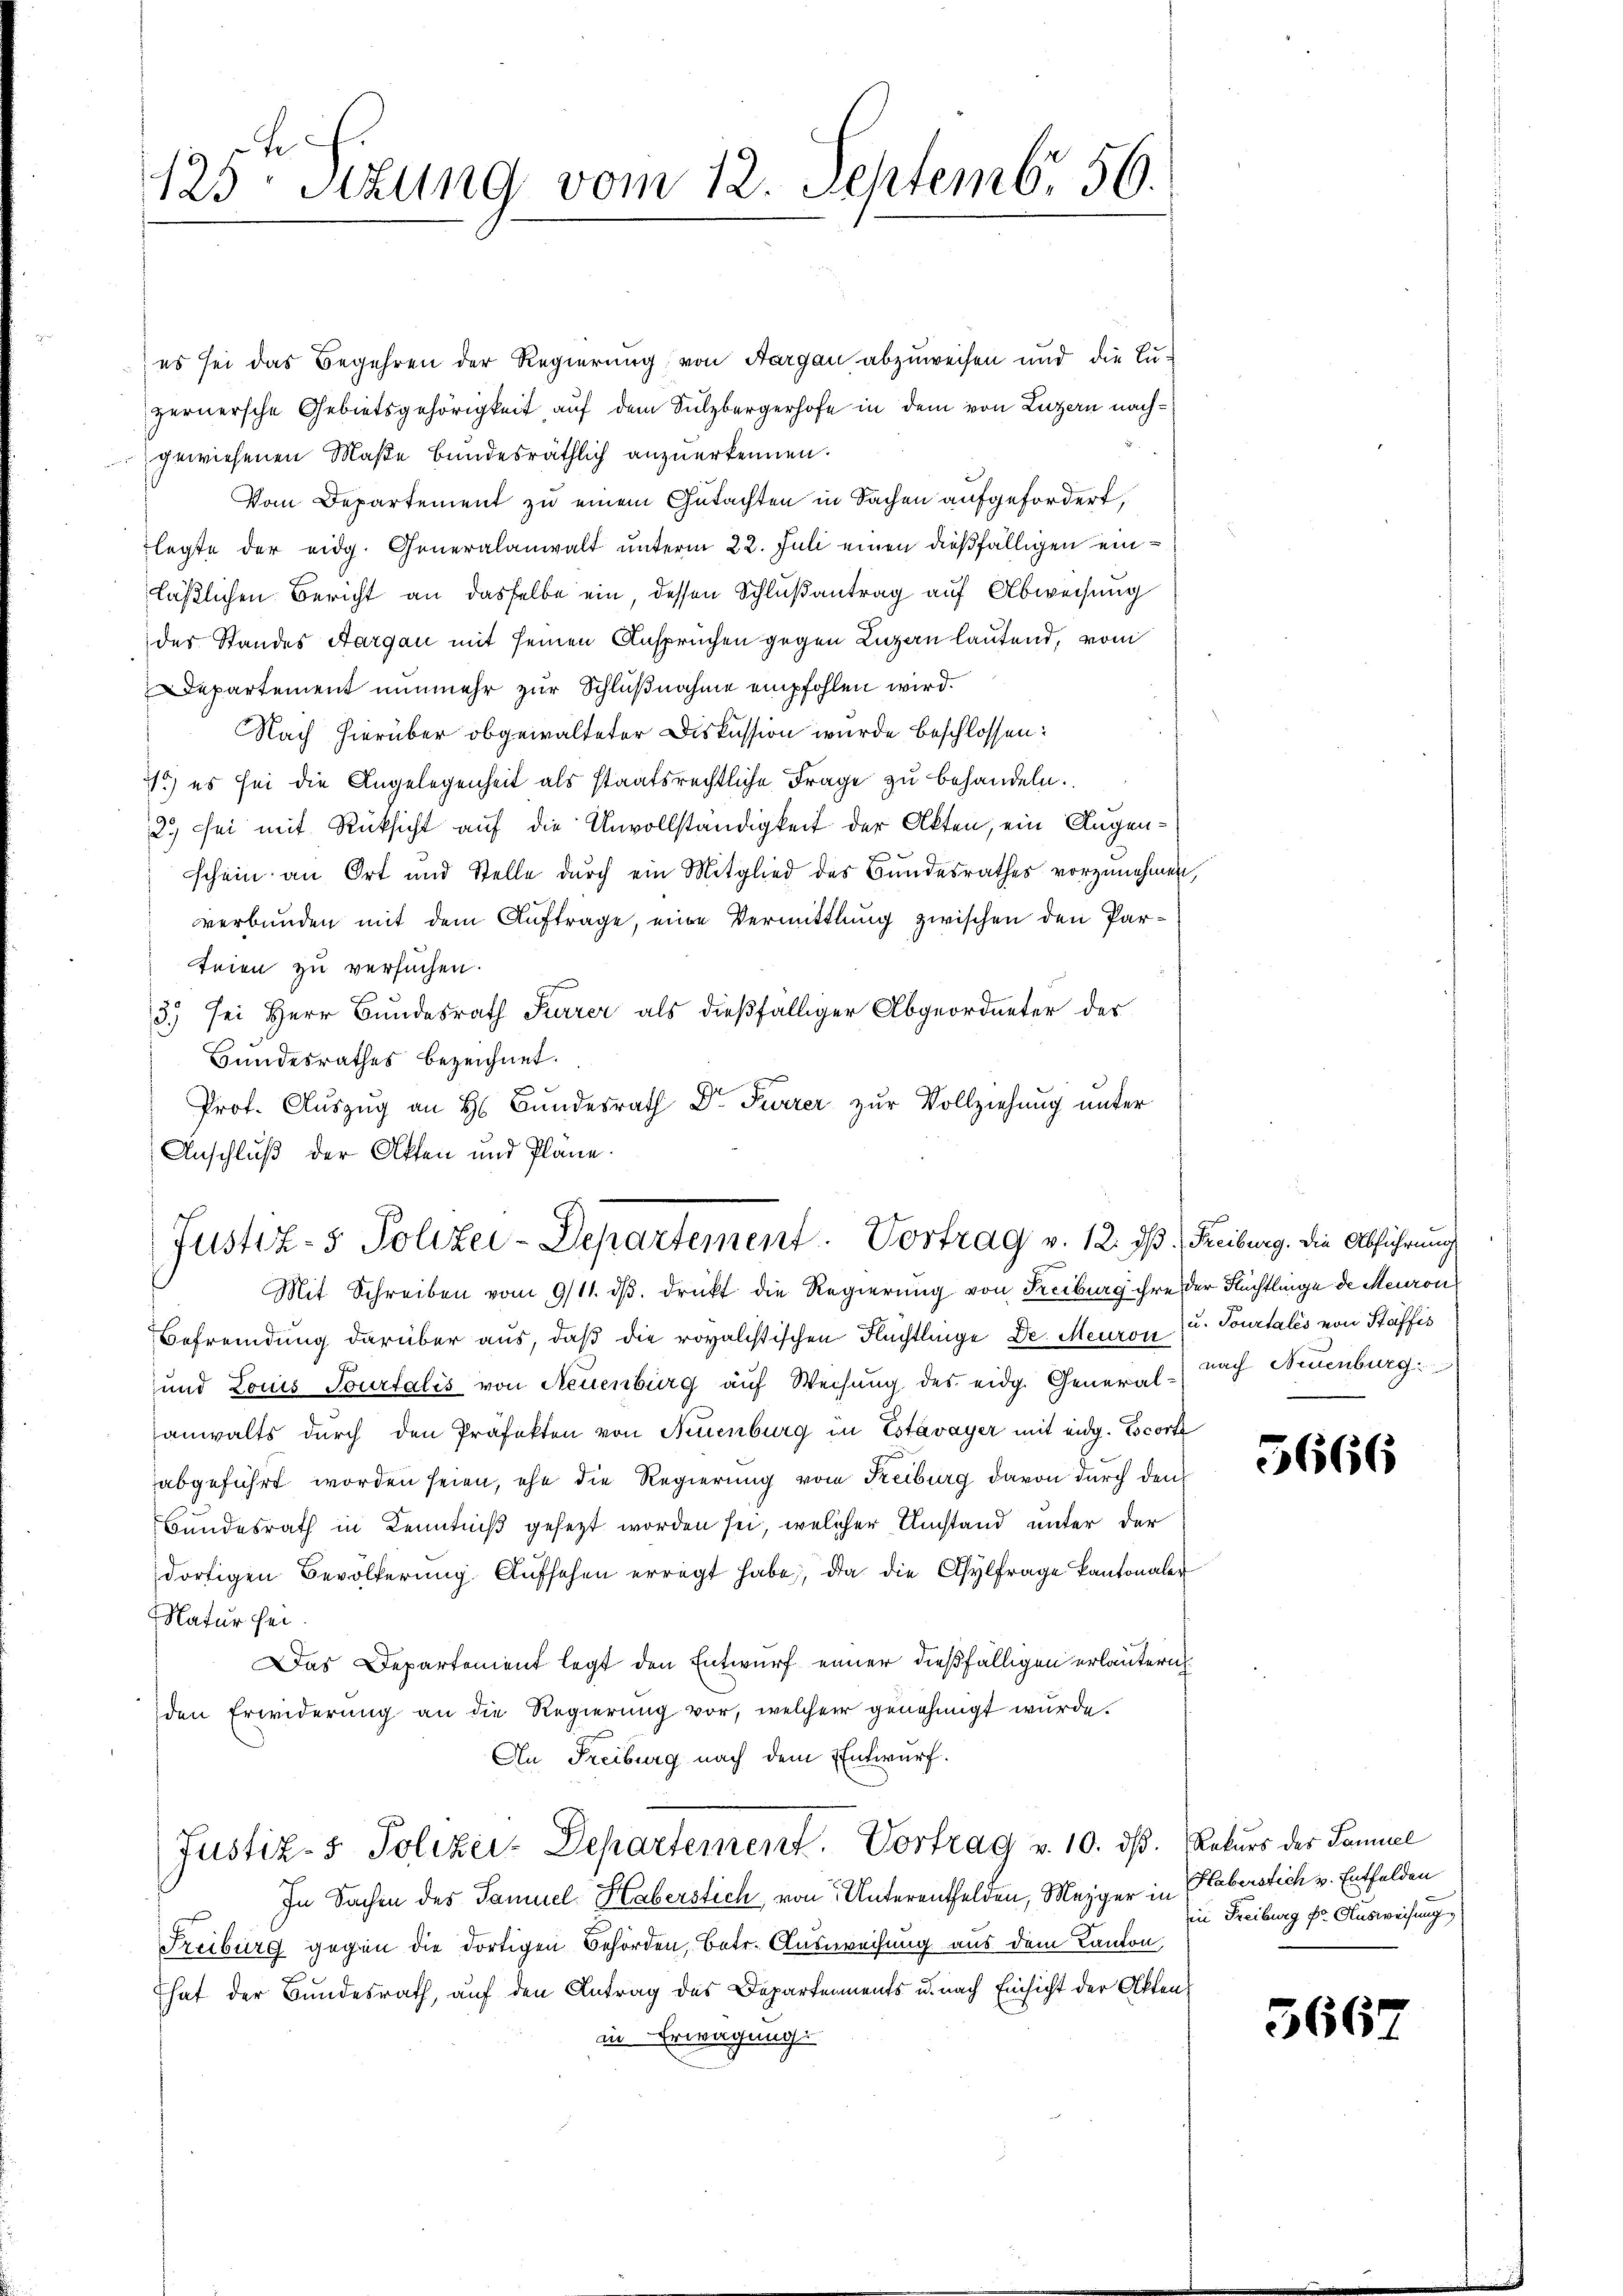
125 Stzung vom 12. Septemb. 56.

es sei das Begehren der Regierung, von Aargau abzuweisen und die Luzernersche Gebietsgehörigkeit auf dem Sulzbergerhofe in dem von Luzern nachgewiesenen Maße bundesräthlich anzuerkennen.
Vom Departement zu einem Gutachten in Sachen aufgefordert,
legte der eidg. Generalanwalt unterm 22. Juli einen dießfälligen einläßlichen Bericht an dasselbe ein, dessen Schlußantrag auf Abweisung
des Standes Aargau mit seinen Anspruchen gegen Lugan lautend, vom
Departement nunmehr zur Schlußnahme empfohlen wird.
NNach hierüber obgewalteter Diskussion wurde beschlossen:
1) es sei die Angelegenheit als staatsrechtliche Frage zu behandeln.
2.) sei mit Rücksicht auf die Unvollständigkeit der Akten, ein Augenschein an Ort und Stelle durch ein Mitglied des Bundesrathes vorzunehmen
verbunden mit dem Auftrage, eine Vermittlung zwischen den Parteien zu versuchen.
3) sei Herr Bundesrath Furrer als dießfälliger Abgeordneter des
Bundesrathes bezeichnet.
Prof. Auszug an H. Bundesrath Dr. Furrer zur Vollziehung unter
Anschluß der Akten und Pläne.
Justiz- & Polizei-Departement. Vortrag v. 12. ds. Freiburg. Die Abführung
Mit Schreiben vom 9/11. dβ. drückt die Regierung von Freiburg ihre der Flüchtlinge de Meuron
Befremdung darüber aus, daß die rovalistischen Flüchtlinge Dr. Meuron u. Tourtales von Stäffis
und Louis Tourtalis von Neuenburg auf Weisung des eidg. General-nach Neuenburg:
anwalts durch den Präfekten von Neuenburg in Estavayer mit eidg. Escort
abgeführt worden seien, ehe die Regierung vom Reiburg davon durch den
Bundesrath in Kenntniß gesezt worden sei, welcher Umstand unter der
dortigen Bevölkerung Aufsehen erregt habe, da die Asylfrage Kantonaler
NNatur sei.
Das Departement legt den Entwurf einer dießfälligen erläuteri
den Erwiderung an die Regierung vor, welcher genehmigt wurde.
An Freiburg nach dem Entwurf.
Justiz- & Polizei-Departement. Vortrag v. 10. ds.
In Sachen des Samuel Haberstich von Unterentfelden, Mezger in
Freiburg gegen die dortigen Behörden, betr. Ausweisung aus dem Kanton,
hat der Bundesrath, auf den Antrag des Departements u. nach Einsicht der Akten
in Erwägung.

5666

Rekurs des Samuel
Haberstich v. Entfelden
in Freiburg fr. Ausweisung,

5667